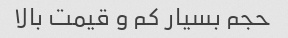
حجم بسیار کم و قیمت بالا